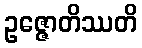
ဥဇ္ဇောတိဿတိ